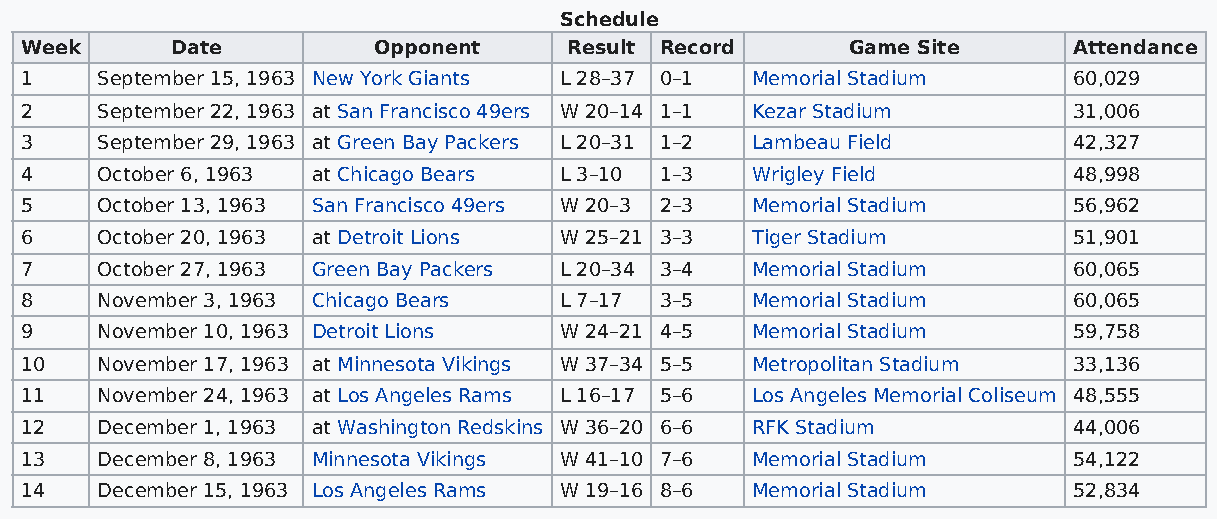
Schedule
 Week      Date          Opponent     Result Record     Game Site      Attendance
 1    September 15, 1963 New York Giants L 28–37 0–1 Memorial Stadium  60,029
 2    September 22, 1963 at San Francisco 49ers W 20–14 1–1 Kezar Stadium 31,006
 3    September 29, 1963 at Green Bay Packers L 20–31 1–2 Lambeau Field 42,327
 4    October 6, 1963 at Chicago Bears L 3–10 1–3 Wrigley Field        48,998
 5    October 13, 1963 San Francisco 49ers W 20–3 2–3 Memorial Stadium 56,962
 6    October 20, 1963 at Detroit Lions W 25–21 3–3 Tiger Stadium      51,901
 7    October 27, 1963 Green Bay Packers L 20–34 3–4 Memorial Stadium  60,065
 8    November 3, 1963 Chicago Bears L 7–17 3–5   Memorial Stadium     60,065
 9    November 10, 1963 Detroit Lions W 24–21 4–5 Memorial Stadium     59,758
 10   November 17, 1963 at Minnesota Vikings W 37–34 5–5 Metropolitan Stadium 33,136
 11   November 24, 1963 at Los Angeles Rams L 16–17 5–6 Los Angeles Memorial Coliseum 48,555
 12   December 1, 1963 at Washington Redskins W 36–20 6–6 RFK Stadium  44,006
 13   December 8, 1963 Minnesota Vikings W 41–10 7–6 Memorial Stadium  54,122
 14   December 15, 1963 Los Angeles Rams W 19–16 8–6 Memorial Stadium  52,834